Lunatic asylums Punjab 1881-1894 - 1881-1894
Year: 1881
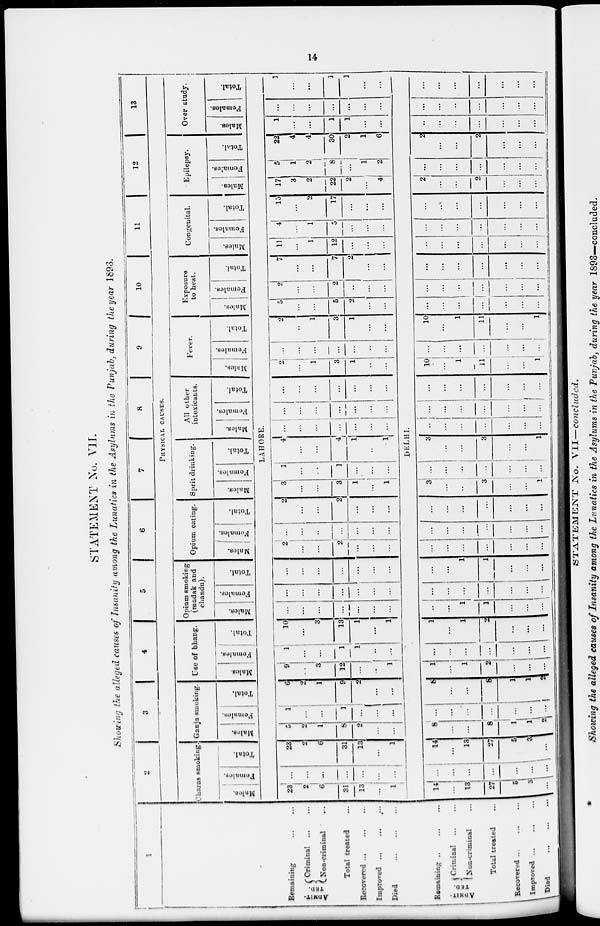
14
STATEMENT No. VII.
Showing the alleged causes of Insanity among the Lunatics in the Asylums in the Punjab, during the year 1893.
1
Remaining
ADMIT-
TED
Criminal ... ...
Non -criminal ...
Total treated ...
Recovered ... ... ...
Improved ... ... ...
Died
...
...
...
Remaining ... ... ...
ADMIT-
TED.
Criminal ... ...
Non-criminal ...
Total treated ...
Recovered ... ... ...
Improved ... ... ...
Died
...
...
...
2
3
4
5
6
7
8
9
10
11
12
13
PHYSICAL
CAUSES.
Charas smoking.
Males.
Females.
Total.
Ganja smoking.
Males.
Females.
Total.
Use of bhang.
Males.
Females.
Total.
Opium smoking
(madak and
chandu).
Males.
Females.
Total.
Opium eating.
Males.
Females.
Total.
Sprit drinking.
Males.
Females.
Total.
All other
intoxicants.
Males.
Females.
Total.
Fever.
Males.
Females.
Total.
Exposure
to heat.
Males.
Females.
Total.
Congenital.
Males.
Females.
Total.
Epilepsy.
Males.
Females.
Total.
Over study.
Males.
Females.
Total.
LAHORE.
23
2
6
31
13
...
1
...
...
...
...
...
...
...
23
2
6
31
13
...
1
5
2
1
8
2
...
...
1
...
...
1
...
...
...
6
2
1
9
2
...
...
9
...
3
12
...
...
1
1
...
...
1
1
...
...
10
...
3
13
1
...
1
...
...
...
...
...
...
...
...
...
...
...
...
...
...
...
...
...
...
...
...
...
2
...
...
2
...
...
...
...
...
...
...
...
...
...
2
...
...
2
...
...
3
...
...
3
1
...
1
1
...
...
1
...
...
...
4
...
...
4
1
...
1
...
...
...
...
...
...
...
...
...
...
...
...
...
...
...
...
...
...
...
...
...
2
...
1
3
1
...
...
...
...
...
...
...
...
...
2
...
1
3
1
...
...
5
...
...
5
2
...
...
2
...
...
2
...
...
...
7
...
...
7
2
...
...
11
...
1
12
...
...
...
4
...
1
5
...
...
...
15
...
2
17
...
...
...
17
3
2
22
2
...
4
5
1
2
8
...
1
2
22
4
4
30
2
1
6
1
...
...
1
1
...
...
...
...
...
...
...
...
...
1
...
...
1
1
...
...
DELHI.
14
...
13
27
5
3
...
...
...
...
...
...
...
...
14
...
13
27
5
3
...
8
...
...
8
1
1
2
...
...
...
...
...
...
...
8
...
...
8
1
1
2
1
...
1
2
...
...
...
...
...
...
...
...
...
...
1
...
1
2
...
...
...
...
...
1
1
...
...
...
...
...
...
...
...
...
...
...
1
1
...
...
...
...
...
...
...
...
...
...
...
...
...
...
...
...
...
...
...
...
...
...
...
3
...
...
3
...
...
1
...
...
...
...
...
...
...
3
...
...
3
...
...
1
...
...
...
...
...
...
...
...
...
...
...
...
...
...
...
...
...
...
...
...
10
...
1
11
...
...
...
...
...
...
...
...
...
...
10
...
1
11
...
...
1
...
...
...
...
...
...
...
...
...
...
...
...
...
...
...
...
...
...
...
... 1
...
...
...
...
...
...
...
...
...
...
...
...
...
...
...
...
...
...
...
2
...
...
2
...
...
...
...
...
...
...
...
...
...
2
...
...
2
...
...
...
...
...
...
...
...
...
...
...
...
...
...
...
...
...
...
...
...
...
...
...
...